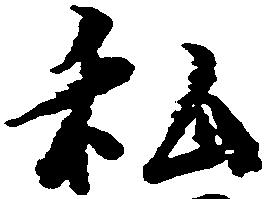
私